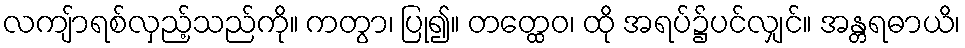
လကျ်ာရစ်လှည့်သည်ကို။ ကတွာ၊ ပြု၍။ တတ္ထေဝ၊ ထို အရပ်၌ပင်လျှင်။ အန္တရဓာယိ၊